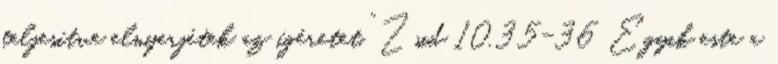
teljesítve elnyerjétek az ígéretet.” Zsid 10,35-36 Egyik este a